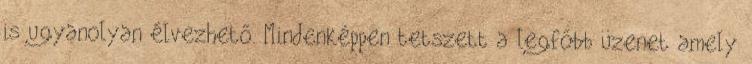
is ugyanolyan élvezhető. Mindenképpen tetszett a legfőbb üzenet amely